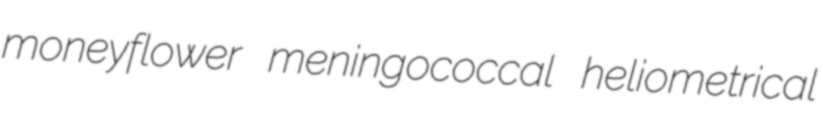
moneyflower meningococcal heliometrical